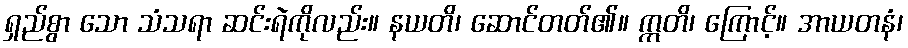
ရှည်စွာ သော သံသရာ ဆင်းရဲကိုလည်း။ နယတိ၊ ဆောင်တတ်၏။ ဣတိ၊ ကြောင့်။ အာယတနံ၊